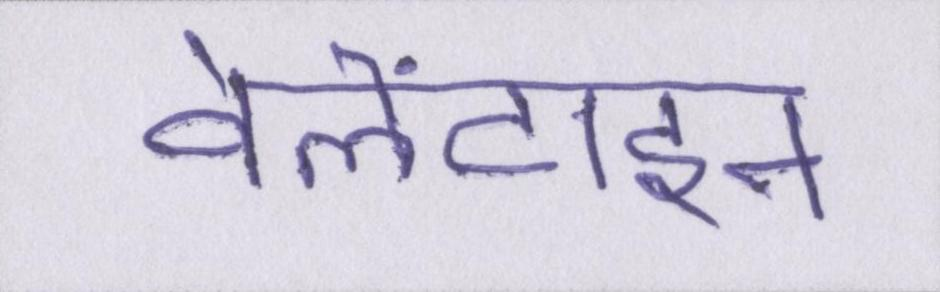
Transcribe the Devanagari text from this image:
वेलेंटाइन